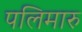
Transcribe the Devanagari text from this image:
पलिमारु